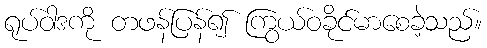
ရုပ်ဝါဒကို တဖန်ပြန်၍ ကြွယ်ဝခိုင်မာစေခဲ့သည်။